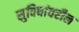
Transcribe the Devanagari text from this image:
सुविधांवरील